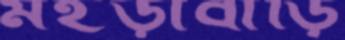
মহড়াবাড়ি